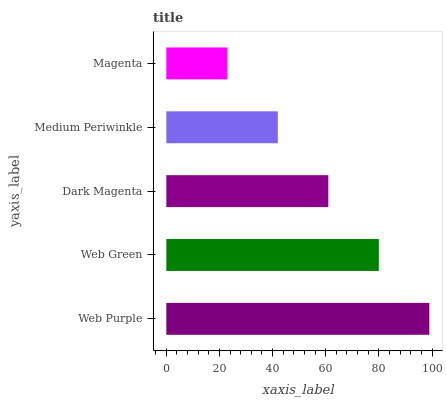
| yaxis_label | bars |
 | --- | --- |
 | Web Purple | 99 |
 | Web Green | 80 |
 | Dark Magenta | 61 |
 | Medium Periwinkle | 42 |
 | Magenta | 22.9 |